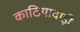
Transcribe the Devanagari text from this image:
काठियावाड़ी